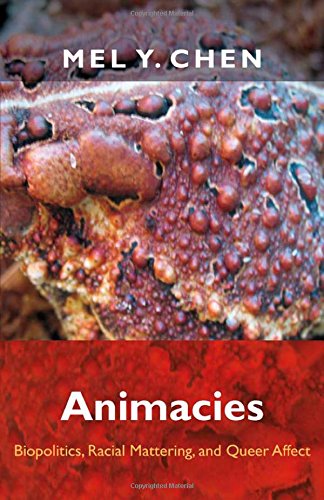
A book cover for Animacies: Biopolitics, Racial Mattering, and Queer Affect (Perverse Modernities: A Series Edited by Jack Halberstam and Lisa Lowe); Mel Y. Chen; Gay & Lesbian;